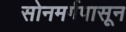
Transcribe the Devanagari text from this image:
सोनमर्गपासून